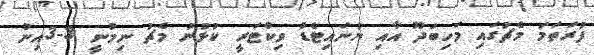
ފުރަތަމަ މެޗުގައި މަހިބަދޫ އާއި ޔުނައިޓެޑް ވިކްޓަރީ ކުޅުނު މެޗު ނިމުނީ 3-3އިން